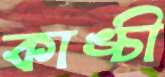
কাঙ্চী